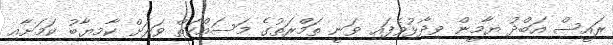
ރައީސް އަބްދު ޔާމީން ވިދާޅުވެފައި ވަނީ ތަމްރަތުގެ މަސައްކަތް ވަރަށް ކާމިޔާބު ކަމަށާއި